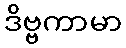
ဒိဗ္ဗကာမာ